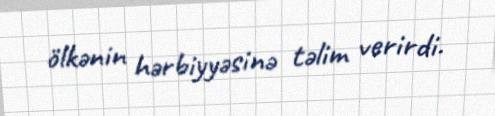
ölkənin hərbiyyəsinə təlim verirdi.